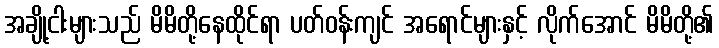
အချို့ငါးများသည် မိမိတို့နေထိုင်ရာ ပတ်ဝန်းကျင် အရောင်များနှင့် လိုက်အောင် မိမိတို့၏